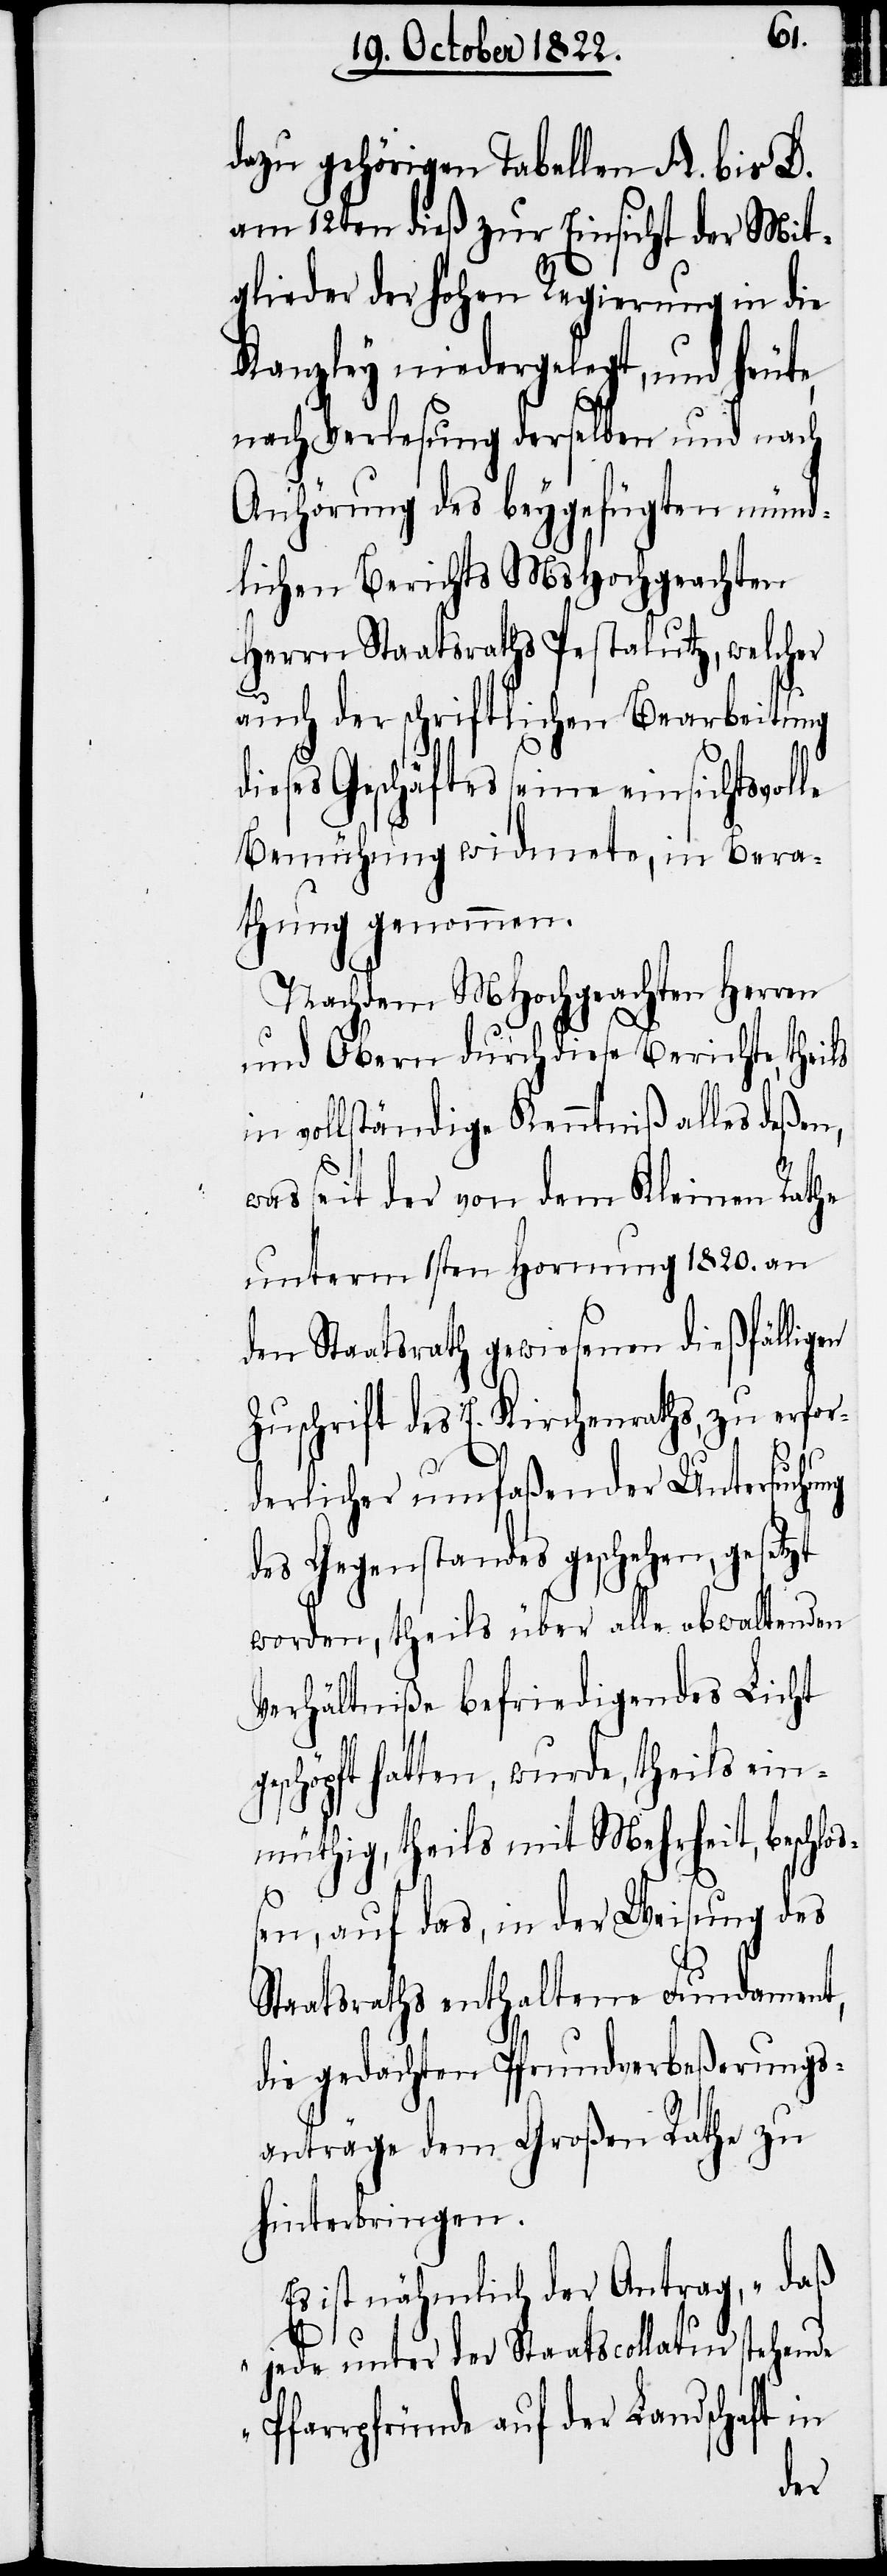
dazu gehörigen Tabellen A. bis D.
am 12ten dieß zur Einsicht der Mit¬
e,
glieder der hohen Regierung in die
Kanzley niedergelegt, und heut¬
nach Verlesung derselben und nach
Anhörung des beygefügten münd¬
lichen Berichts MsHochgeachten
Herrn Staatsraths Pestalutz, welcher
auch der schriftlichen Bearbeitung
dieses Geschäftes seine einsichtsvolle
Bemühung widmete, in Bera¬
thung genommen.
Nachdem MHochgeachten Herren
und Obern durch diese Berichte, theils
in vollständige Kenntniß alles deßen,
was seit der von dem Kleinen Rathe
unterm 1sten Hornung 1820. an
den Staatsrath gewiesenen dießfälligen
Zuschrift des E. Kirchenraths, zu erfor¬
derlicher umfaßender Untersuchung
des Gegenstandes geschehen, gesetzt
worden, theils über alle obwaltenden
Verhältniße befriedigendes Licht
geschöpft hatten, wurde, theils ein¬
müthig, theils mit Mehrheit, beschlo¬
ßen, auf das, in der Weisung des
Staatsraths enthaltene Fundament,
die gedachten Pfrundverbeßerungs¬
anträge dem Großen Rathe zu
hinterbringen.
Es ist nähmlich der Antrag, „daß
jede unter der Staatcollatur stehende
Pfarrpfründe auf der Landschaft in